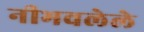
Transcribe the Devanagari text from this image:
नीभवलेले